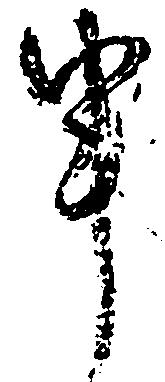
申